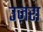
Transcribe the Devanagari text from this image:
उज़रा